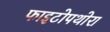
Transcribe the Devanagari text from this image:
फाइटोपथोरा